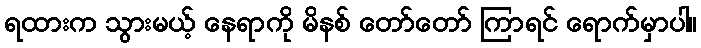
ရထားက သွားမယ့် နေရာကို မိနစ် တော်တော် ကြာရင် ရောက်မှာပါ။